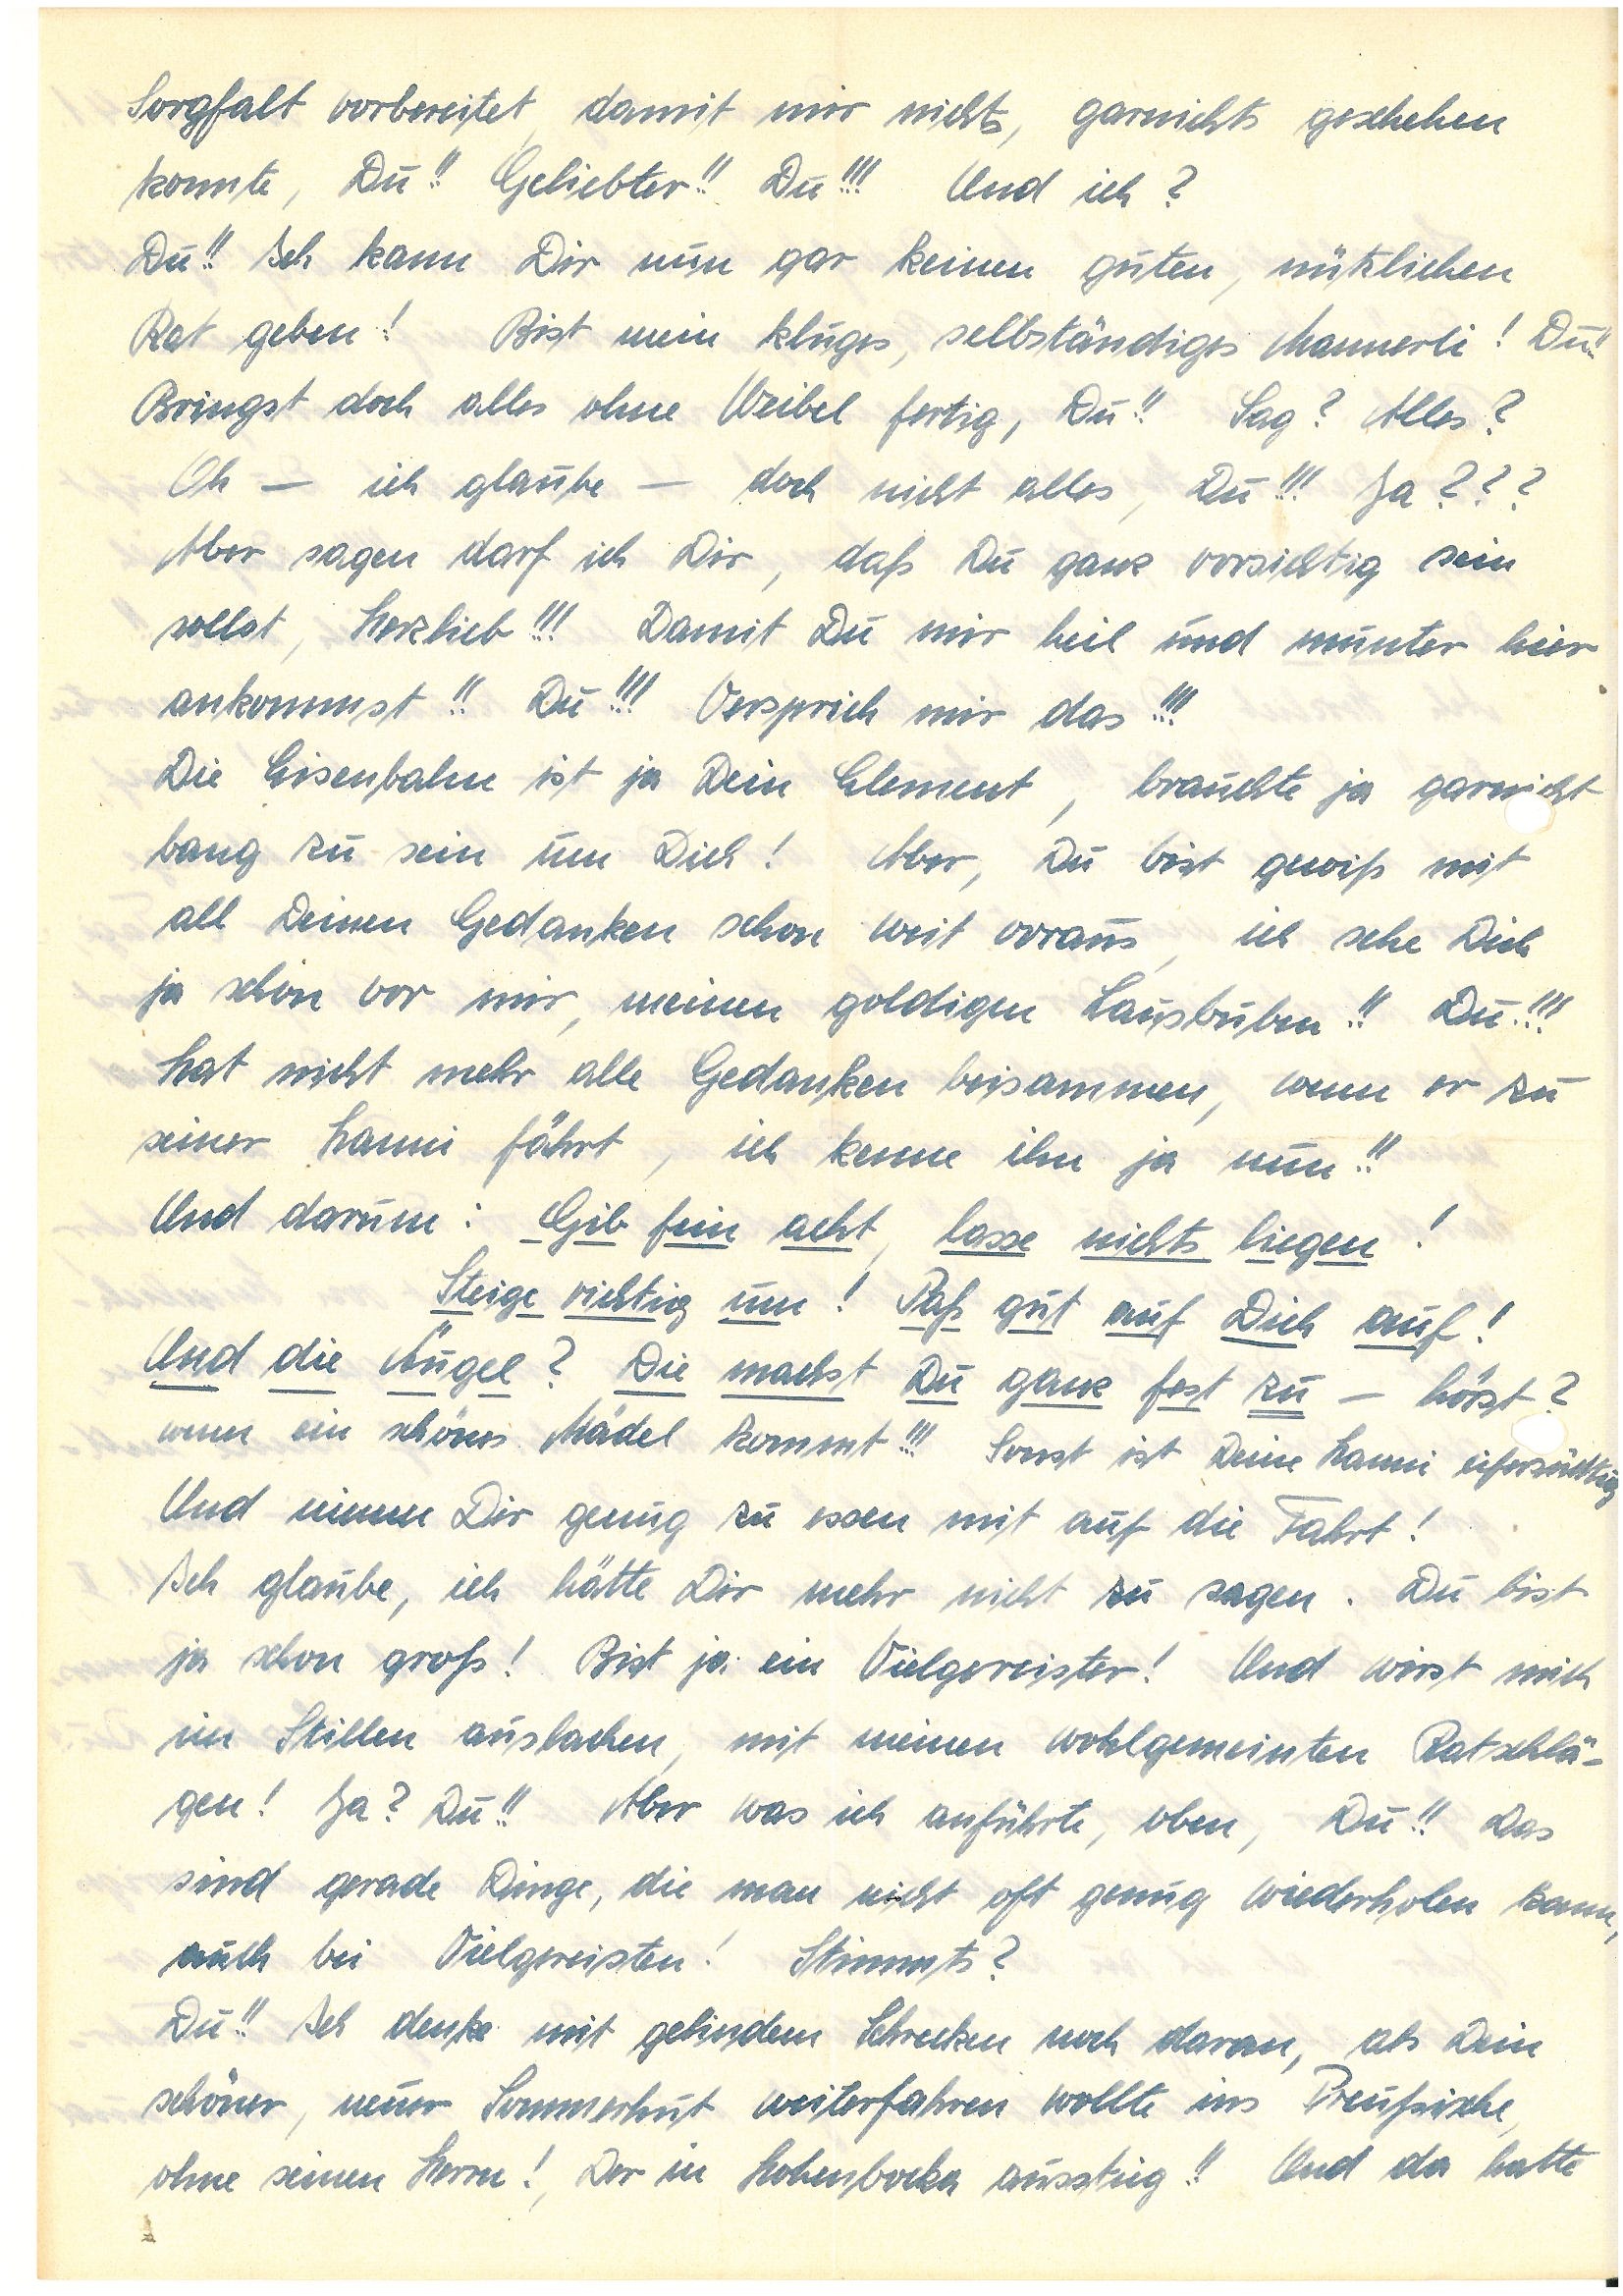
Sorgfalt vorbereitet damit mir nichts, garnichts geschehen
konnte, Du!! Geliebter!! Du!!! Und ich?
Du!! Ich kann Dir nun gar keinen guten, nützlichen
Rat geben! Bist mein kluges, selbständiges Mannerli! Du!!
Bringst doch alles ohne Weibel fertig, Du!! Sag? Alles?
Oh – ich glaube – doch nicht alles, Du!!! Ja???
Aber sagen darf ich Dir, daß Du ganz vorsichtig sein
sollst, Herzlieb!!! Damit Du mir heil und munter hier
ankommst!! Du!! Versprich mir das!!!
Die Eisenbahn ist ja Dein Element, brauchte ja garnt
bang zu sein um Dich! Aber, Du bist gewiß mit
all Deinen Gedanken schon weit voraus, ich sehe Dich
ja schon vor mir, meinen goldigen Lausbuben!! Du!!!
Hat nicht mehr alle Gedanken beisammen, wenn er zu
seiner fährt, ich kenne ihn ja nun!!
Und darum: Gib fei nacht, lasse nichts liegen!
Steige richti gum! Paß gut auf Dichauf!
Und die Äugel? Die machst Du ganz fest zu – hörst?
wenn ein schönes Mädel kommt!!! Sonst ist Deine eifersüchtig
Und nimm Dir genug zu essen mit auf die Fahrt!
Ich glaube, ich hätte Dir mehr nicht zu sagen. Du bist
ja schon groß! Bist ja ein Vielgereister! Und wirst mich
im Stillen auslachen, mit meinen wohlgemeinten Ratschlä¬
gen! Ja? Du!! Aber was ich anführte, oben, Du!! Das
sind gerade Dinge, die man nicht oft genug wiederholen kann,
auch bei Vielgereisten! Stimmts?
Du!! Ich denke mit gelindem Schrecken noch daran, als Dein
schöner, neuer Sommerhut weiterfahren wollte ins Preußische
ohne seinen Herrn! Der in H. ausstieg!! Und da hatte